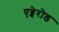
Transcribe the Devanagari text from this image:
एब्बेरोड